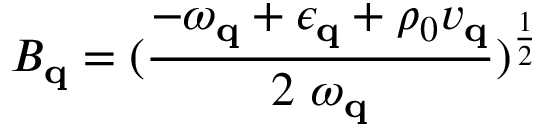
B _ { { \bf { q } } } = ( \frac { - \omega _ { { \bf { q } } } + \epsilon _ { { \bf { q } } } + \rho _ { 0 } v _ { { \bf { q } } } } { 2 \mathrm { ~ } \omega _ { { \bf { q } } } } ) ^ { \frac { 1 } { 2 } }